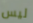
ليس